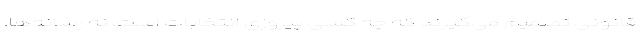
قانونی تصمیم می‌گیرند که چه کسی پیروزی انتخابات است، نه رسانه‌ها.